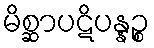
မိစ္ဆာပဋိပန္နဉ္စ